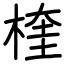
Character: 楏